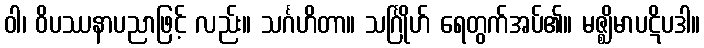
ဝါ၊ ဝိပဿနာပညာဖြင့် လည်း။ သင်္ဂဟိတာ။ သင်္ဂြိုဟ် ရေတွက်အပ်၏။ မဇ္ဈိမာပဋိပဒါ။